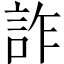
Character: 詐